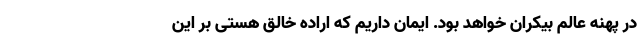
در پهنه عالم بیکران خواهد بود. ایمان داریم که اراده خالق هستی بر این